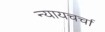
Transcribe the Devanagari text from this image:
न्यायचर्चा